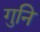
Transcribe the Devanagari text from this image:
गुनि